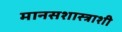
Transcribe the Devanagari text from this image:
मानसशास्त्राशी